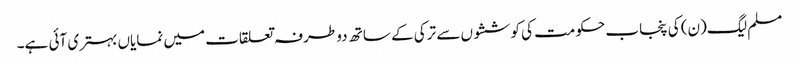
مسلم لیگ(ن) کی پنجاب حکومت کی کوششوں سے ترکی کے ساتھ دو طرفہ تعلقات میں نمایاں بہتری آئی ہے۔